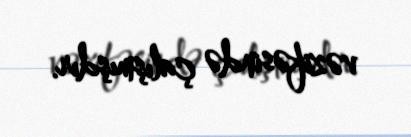
vəzifəsində çalışmışdır.